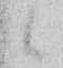
候